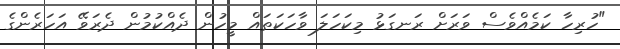
"ހުރިހާ ކަމެއްވެސް ވަރަށް ރަނގަޅު މިކަހަލަ ވާހަކަތައް މީހުން ދެއްކުމުން ދެރަވޭ އަހަރެންގެ